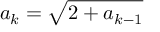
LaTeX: a _ { k } = { \sqrt { 2 + a _ { k - 1 } } }